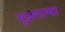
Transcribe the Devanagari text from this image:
सूक्ष्मात्मा